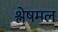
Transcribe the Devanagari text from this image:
श्लेषमल